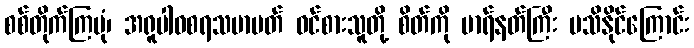
စစ်တိုက်ကြပုံ၊ အရူပါဝစရသမာပတ် ဝင်စားသူတို့ စိတ်ကို မာရ်နတ်ကြီး မသိနိုင်ကြောင်း